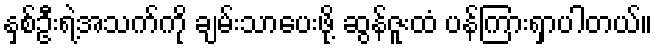
နှစ်ဦးရဲ့အသက်ကို ချမ်းသာပေးဖို့ ဆွန်ဇူးထံ ပန်ကြားရှာပါတယ်။